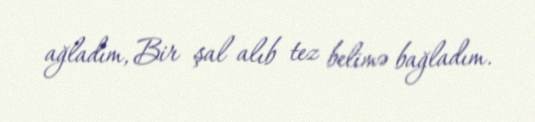
ağladım, Bir şal alıb tez belimə bağladım.